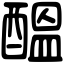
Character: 醞